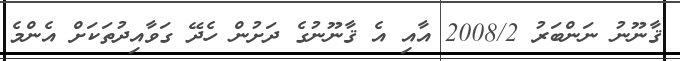
ޤާނޫނު ނަންބަރު 2008/2 އާއި އެ ޤާނޫނުގެ ދަށުން ހެދޭ ގަވާއިދުތަކަށް އެންމެ